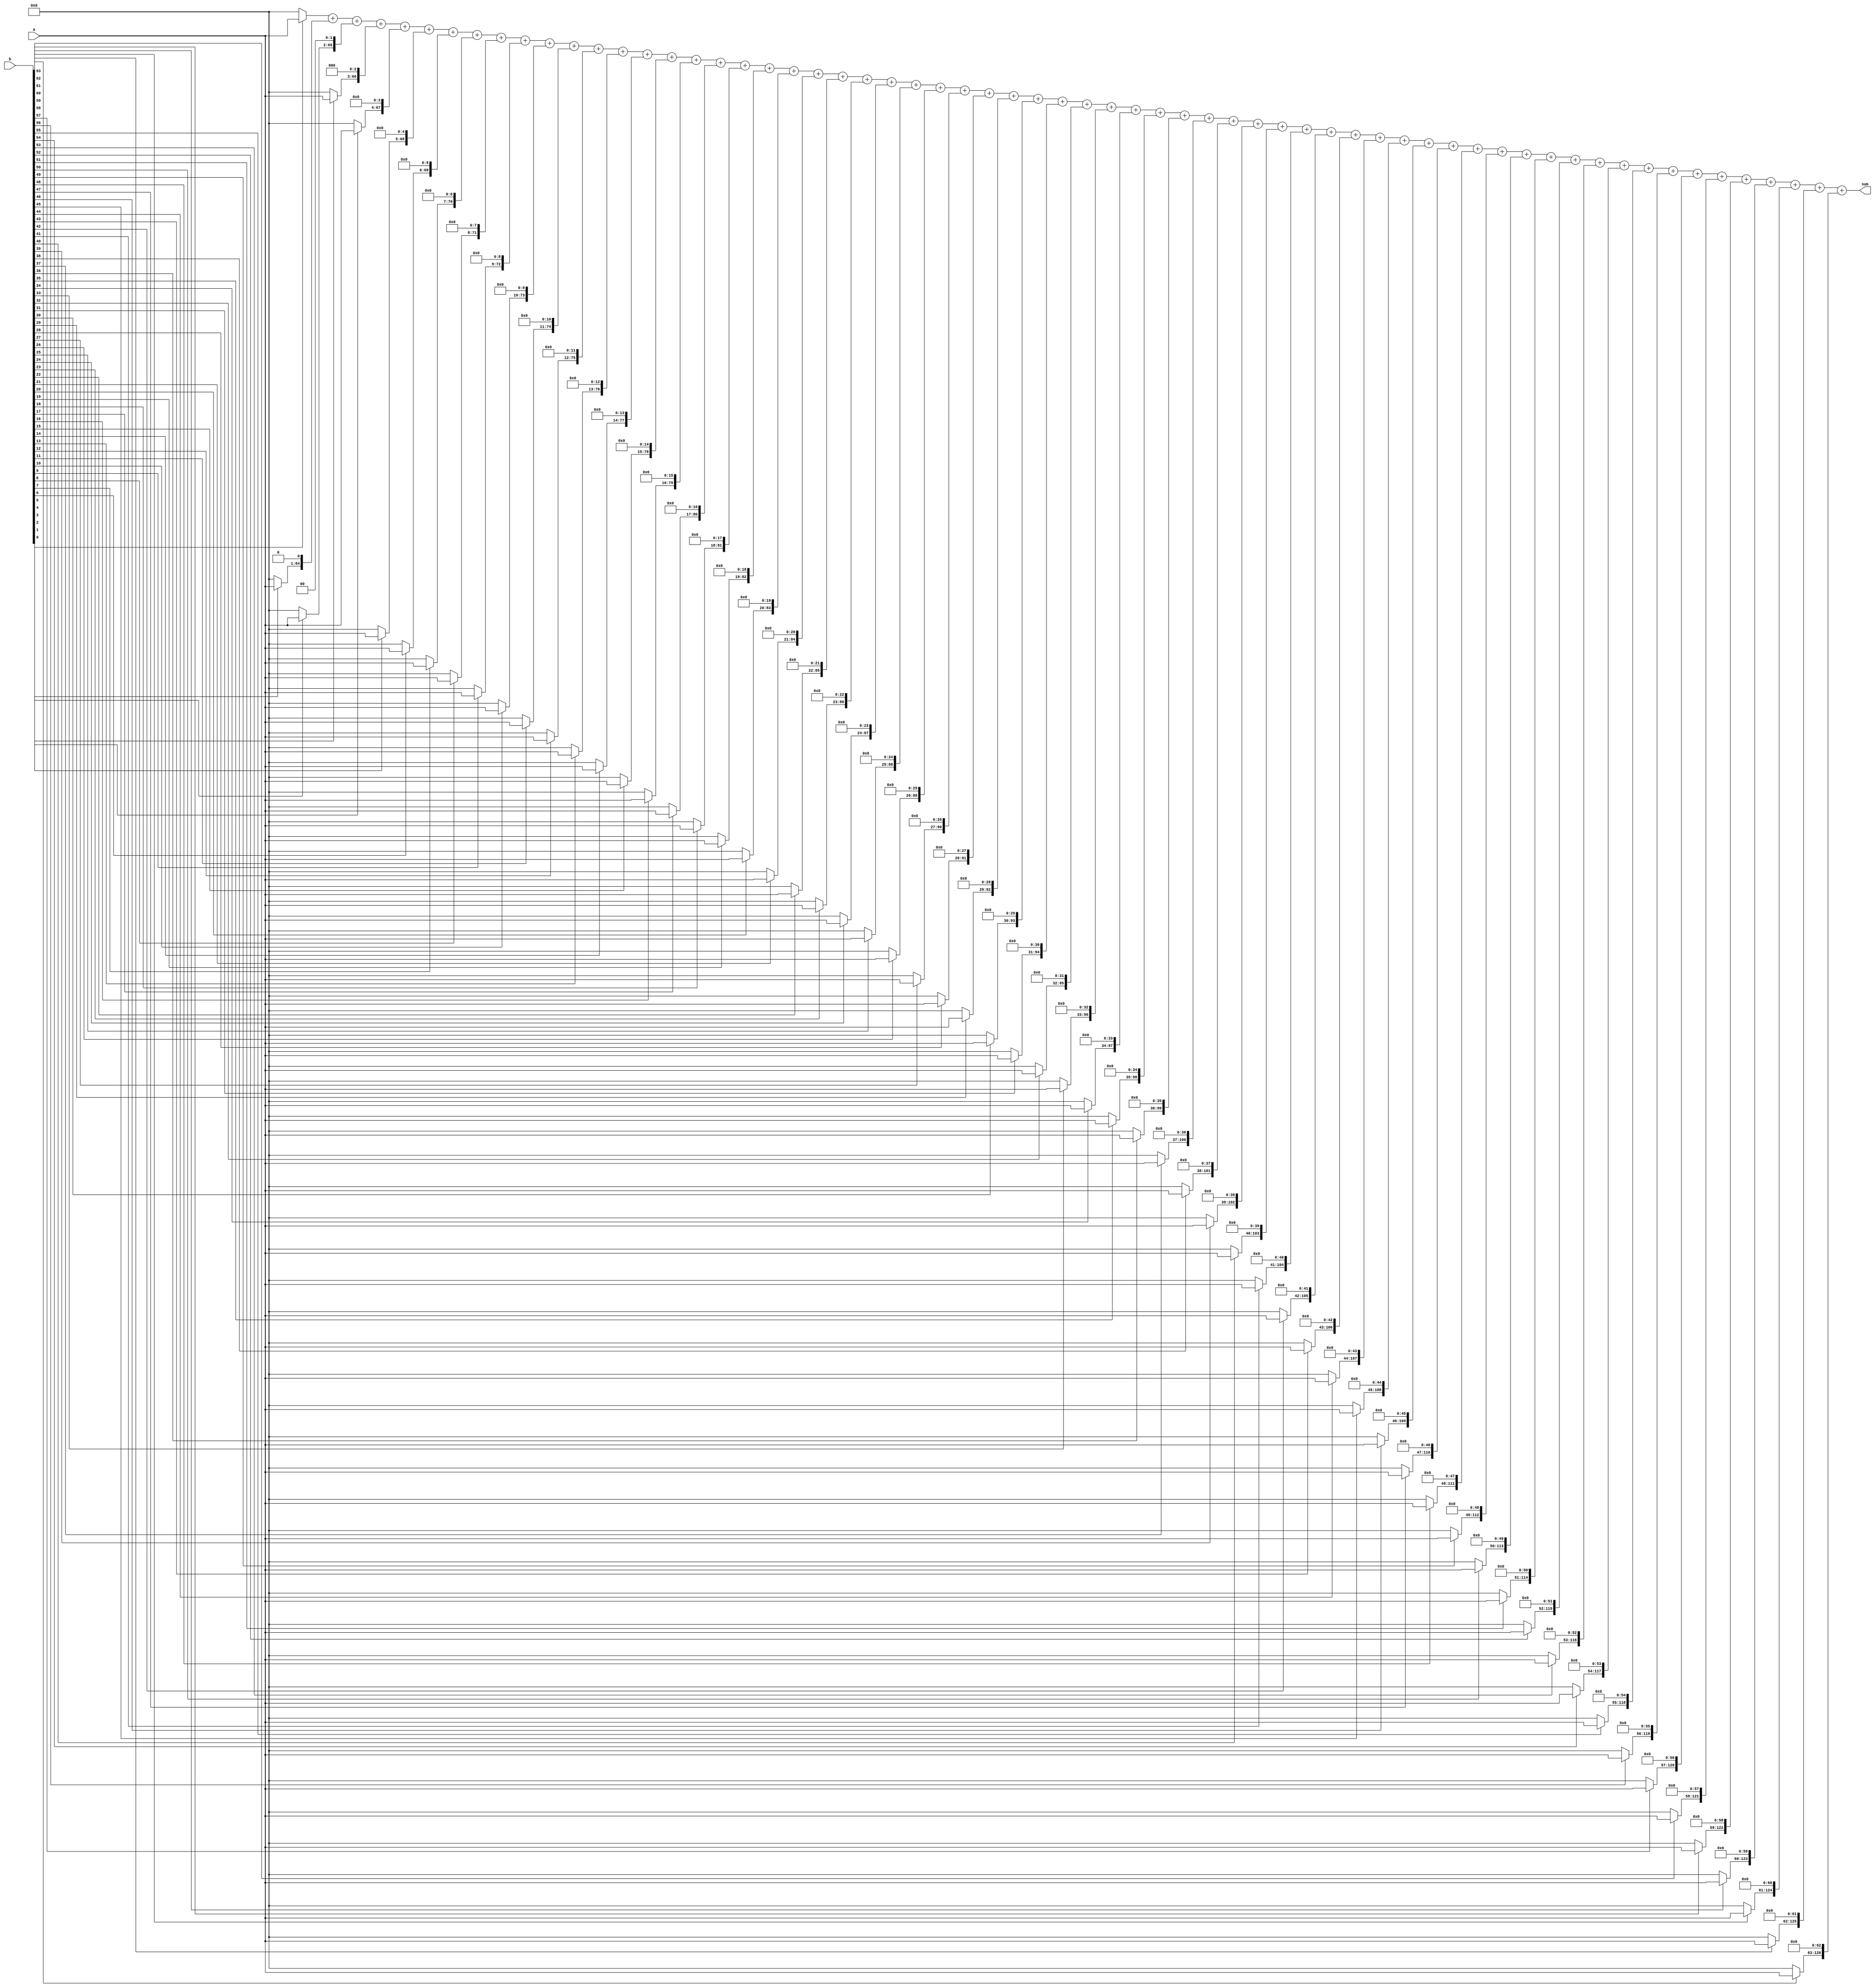
`timescale 1ns / 1ps
//////////////////////////////////////////////////////////////////////////////////
// Company: 
// Engineer: 
// 
// Design Name: 
// Module Name: mult64x64
// Project Name: 
// Target Devices: 
// Tool Versions: 
// Description: 
// 
// Dependencies: 
// 
// Revision:
// Revision 0.01 - File Created
// Additional Comments:
// 
//////////////////////////////////////////////////////////////////////////////////


module mult64x64
    ( a,
      b,
      sum
    );
    
    input  [63:0] a;
    input  [63:0] b;
    output [127:0] sum;
	
	reg [63:0] m1;
	reg [64:0] m2;
	reg [65:0] m3;
	reg [66:0] m4;
	reg [67:0] m5;
	reg [68:0] m6;
	reg [69:0] m7;
	reg [70:0] m8;
	reg [71:0] m9;
	reg [72:0] m10;
	reg [73:0] m11;
	reg [74:0] m12;
	reg [75:0] m13;
	reg [76:0] m14;
	reg [77:0] m15;
	reg [78:0] m16;
	reg [79:0] m17;
	reg [80:0] m18;
	reg [81:0] m19;
	reg [82:0] m20;
	reg [83:0] m21;
	reg [84:0] m22;
	reg [85:0] m23;
	reg [86:0] m24;
	reg [87:0] m25;
	reg [88:0] m26;
	reg [89:0] m27;
	reg [90:0] m28;
	reg [91:0] m29;
	reg [92:0] m30;
	reg [93:0] m31;
	reg [94:0] m32;
	reg [95:0] m33;
	reg [96:0] m34;
	reg [97:0] m35;
	reg [98:0] m36;
	reg [99:0] m37;
	reg [100:0] m38;
	reg [101:0] m39;
	reg [102:0] m40;
	reg [103:0] m41;
	reg [104:0] m42;
	reg [105:0] m43;
	reg [106:0] m44;
	reg [107:0] m45;
	reg [108:0] m46;
	reg [109:0] m47;
	reg [110:0] m48;
	reg [111:0] m49;
	reg [112:0] m50;
	reg [113:0] m51;
	reg [114:0] m52;
	reg [115:0] m53;
	reg [116:0] m54;
	reg [117:0] m55;
	reg [118:0] m56;
	reg [119:0] m57;
	reg [120:0] m58;
	reg [121:0] m59;
	reg [122:0] m60;
	reg [123:0] m61;
	reg [124:0] m62;
	reg [125:0] m63;
	reg [126:0] m64;
	
	always @(a or b) begin
	if(b[0]==1'b0)
		m1[63:0] <= 0;
	else 
		m1[63:0] <= a;
		
	if(b[1]==1'b0)
		m2[64:0] <= 0;
	else begin
		m2[0] <= 0;
		m2[64:1] <= a;
	end
	
	if(b[2]==1'b0)
		m3[65:0] <= 0;
	else begin
		m3[1:0] <= 0;
		m3[65:2] <= a;
	end	
	
	if(b[3]==1'b0)
		m4[66:0] <= 0;
	else begin
		m4[2:0] <= 0;
		m4[66:3] <= a;
	end	
	
	if(b[4]==1'b0)
		m5[67:0] <= 0;
	else begin
		m5[3:0] <= 0;
		m5[67:4] <= a;
	end

	if(b[5]==1'b0)
		m6[68:0] <= 0;
	else begin
		m6[4:0] <= 0;
		m6[68:5] <= a;
	end

	if(b[6]==1'b0)
		m7[69:0] <= 0;
	else begin
		m7[5:0] <= 0;
		m7[69:6] <= a;
	end

	if(b[7]==1'b0)
		m8[70:0] <= 0;
	else begin
		m8[6:0] <= 0;
		m8[70:7] <= a;
	end

	if(b[8]==1'b0)
		m9[71:0] <= 0;
	else begin
		m9[7:0] <= 0;
		m9[71:8] <= a;
	end

	if(b[9]==1'b0)
		m10[72:0] <= 0;
	else begin
		m10[8:0] <= 0;
		m10[72:9] <= a;
	end

	if(b[10]==1'b0)
		m11[73:0] <= 0;
	else begin
		m11[9:0] <= 0;
		m11[73:10] <= a;
	end

	if(b[11]==1'b0)
		m12[74:0] <= 0;
	else begin
		m12[10:0] <= 0;
		m12[74:11] <= a;
	end

	if(b[12]==1'b0)
		m13[75:0] <= 0;
	else begin
		m13[11:0] <= 0;
		m13[75:12] <= a;
	end

	if(b[13]==1'b0)
		m14[76:0] <= 0;
	else begin
		m14[12:0] <= 0;
		m14[76:13] <= a;
	end

	if(b[14]==1'b0)
		m15[77:0] <= 0;
	else begin
		m15[13:0] <= 0;
		m15[77:14] <= a;
	end

	if(b[15]==1'b0)
		m16[78:0] <= 0;
	else begin
		m16[14:0] <= 0;
		m16[78:15] <= a;
	end

	if(b[16]==1'b0)
		m17[79:0] <= 0;
	else begin
		m17[15:0] <= 0;
		m17[79:16] <= a;
	end

	if(b[17]==1'b0)
		m18[80:0] <= 0;
	else begin
		m18[16:0] <= 0;
		m18[80:17] <= a;
	end

	if(b[18]==1'b0)
		m19[81:0] <= 0;
	else begin
		m19[17:0] <= 0;
		m19[81:18] <= a;
	end
	
	if(b[19]==1'b0)
		m20[82:0] <= 0;
	else begin
		m20[18:0] <= 0;
		m20[82:19] <= a;
	end	
	
	if(b[20]==1'b0)
		m21[83:0] <= 0;
	else begin
		m21[19:0] <= 0;
		m21[83:20] <= a;
	end	
	
	if(b[21]==1'b0)
		m22[84:0] <= 0;
	else begin
		m22[20:0] <= 0;
		m22[84:21] <= a;
	end	
	
	if(b[22]==1'b0)
		m23[85:0] <= 0;
	else begin
		m23[21:0] <= 0;
		m23[85:22] <= a;
	end

	if(b[23]==1'b0)
		m24[86:0] <= 0;
	else begin
		m24[22:0] <= 0;
		m24[86:23] <= a;
	end	

	if(b[24]==1'b0)
		m25[87:0] <= 0;
	else begin
		m25[23:0] <= 0;
		m25[87:24] <= a;
	end	

	if(b[25]==1'b0)
		m26[88:0] <= 0;
	else begin
		m26[24:0] <= 0;
		m26[88:25] <= a;
	end

	if(b[26]==1'b0)
		m27[89:0] <= 0;
	else begin
		m27[25:0] <= 0;
		m27[89:26] <= a;
	end
	
	if(b[27]==1'b0)
		m28[90:0] <= 0;
	else begin
		m28[26:0] <= 0;
		m28[90:27] <= a;
	end	
	
	if(b[28]==1'b0)
		m29[91:0] <= 0;
	else begin
		m29[27:0] <= 0;
		m29[91:28] <= a;
	end	
	
	if(b[29]==1'b0)
		m30[92:0] <= 0;
	else begin
		m30[28:0] <= 0;
		m30[92:29] <= a;
	end	
	
	if(b[30]==1'b0)
		m31[93:0] <= 0;
	else begin
		m31[29:0] <= 0;
		m31[93:30] <= a;
	end		
	
	if(b[31]==1'b0)
		m32[94:0] <= 0;
	else begin
		m32[30:0] <= 0;
		m32[94:31] <= a;
	end		
	
	if(b[32]==1'b0)
		m33[95:0] <= 0;
	else begin
		m33[31:0] <= 0;
		m33[95:32] <= a;
	end		
	
	if(b[33]==1'b0)
		m34[96:0] <= 0;
	else begin
		m34[32:0] <= 0;
		m34[96:33] <= a;
	end		
	
	if(b[34]==1'b0)
		m35[97:0] <= 0;
	else begin
		m35[33:0] <= 0;
		m35[97:34] <= a;
	end		
	
	if(b[35]==1'b0)
		m36[98:0] <= 0;
	else begin
		m36[34:0] <= 0;
		m36[98:35] <= a;
	end		
	
	if(b[36]==1'b0)
		m37[99:0] <= 0;
	else begin
		m37[35:0] <= 0;
		m37[99:36] <= a;
	end		
	
	if(b[37]==1'b0)
		m38[100:0] <= 0;
	else begin
		m38[36:0] <= 0;
		m38[100:37] <= a;
	end		
	
	if(b[38]==1'b0)
		m39[101:0] <= 0;
	else begin
		m39[37:0] <= 0;
		m39[101:38] <= a;
	end		
	
	if(b[39]==1'b0)
		m40[102:0] <= 0;
	else begin
		m40[38:0] <= 0;
		m40[102:39] <= a;
	end		
	
	if(b[40]==1'b0)
		m41[103:0] <= 0;
	else begin
		m41[39:0] <= 0;
		m41[103:40] <= a;
	end		
	
	if(b[41]==1'b0)
		m42[104:0] <= 0;
	else begin
		m42[40:0] <= 0;
		m42[104:41] <= a;
	end		
	
	if(b[42]==1'b0)
		m43[105:0] <= 0;
	else begin
		m43[41:0] <= 0;
		m43[105:42] <= a;
	end		
	
	if(b[43]==1'b0)
		m44[106:0] <= 0;
	else begin
		m44[42:0] <= 0;
		m44[106:43] <= a;
	end		
	
	if(b[44]==1'b0)
		m45[107:0] <= 0;
	else begin
		m45[43:0] <= 0;
		m45[107:44] <= a;
	end		
	
	if(b[45]==1'b0)
		m46[108:0] <= 0;
	else begin
		m46[44:0] <= 0;
		m46[108:45] <= a;
	end		
	
	if(b[46]==1'b0)
		m47[109:0] <= 0;
	else begin
		m47[45:0] <= 0;
		m47[109:46] <= a;
	end		
	
	if(b[47]==1'b0)
		m48[110:0] <= 0;
	else begin
		m48[46:0] <= 0;
		m48[110:47] <= a;
	end		
	
	if(b[48]==1'b0)
		m49[111:0] <= 0;
	else begin
		m49[47:0] <= 0;
		m49[111:48] <= a;
	end		
	
	if(b[49]==1'b0)
		m50[112:0] <= 0;
	else begin
		m50[48:0] <= 0;
		m50[112:49] <= a;
	end		
	
	if(b[50]==1'b0)
		m51[113:0] <= 0;
	else begin
		m51[49:0] <= 0;
		m51[113:50] <= a;
	end		
	
	if(b[51]==1'b0)
		m52[114:0] <= 0;
	else begin
		m52[50:0] <= 0;
		m52[114:51] <= a;
	end		
	
	if(b[52]==1'b0)
		m53[115:0] <= 0;
	else begin
		m53[51:0] <= 0;
		m53[115:52] <= a;
	end			
	
	if(b[53]==1'b0)
		m54[116:0] <= 0;
	else begin
		m54[52:0] <= 0;
		m54[116:53] <= a;
	end			
	
	if(b[54]==1'b0)
		m55[117:0] <= 0;
	else begin
		m55[53:0] <= 0;
		m55[117:54] <= a;
	end			
	
	if(b[55]==1'b0)
		m56[118:0] <= 0;
	else begin
		m56[54:0] <= 0;
		m56[118:55] <= a;
	end			
	
	if(b[56]==1'b0)
		m57[119:0] <= 0;
	else begin
		m57[55:0] <= 0;
		m57[119:56] <= a;
	end			
	
	if(b[57]==1'b0)
		m58[120:0] <= 0;
	else begin
		m58[56:0] <= 0;
		m58[120:57] <= a;
	end			
	
	if(b[58]==1'b0)
		m59[121:0] <= 0;
	else begin
		m59[57:0] <= 0;
		m59[121:58] <= a;
	end			
	
	if(b[59]==1'b0)
		m60[122:0] <= 0;
	else begin
		m60[58:0] <= 0;
		m60[122:59] <= a;
	end			
	
	if(b[60]==1'b0)
		m61[123:0] <= 0;
	else begin
		m61[59:0] <= 0;
		m61[123:60] <= a;
	end			
	
	if(b[61]==1'b0)
		m62[124:0] <= 0;
	else begin
		m62[60:0] <= 0;
		m62[124:61] <= a;
	end		

	if(b[62]==1'b0)
		m63[125:0] <= 0;
	else begin
		m63[61:0] <= 0;
		m63[125:62] <= a;
	end

	if(b[63]==1'b0)
		m64[126:0] <= 0;
	else begin
		m64[62:0] <= 0;
		m64[126:63] <= a;
	end
	
end

	assign sum = m1+m2+m3+m4+m5+m6+m7+m8+m9+m10+m11+m12+m13+m14+m15+m16+m17+m18+m19+m20+m21+m22+m23+m24+m25+m26+m27+m28+m29+m30+m31+m32+m33+m34+m35+m36+m37+m38+m39+m40+m41+m42+m43+m44+m45+m46+m47+m48+m49+m50+m51+m52+m53+m54+m55+m56+m57+m58+m59+m60+m61+m62+m63+m64;

endmodule